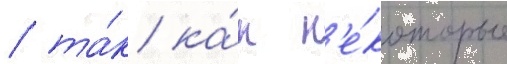
/ та́к ка́к н'е́которые